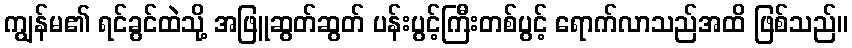
ကျွန်မ၏ ရင်ခွင်ထဲသို့ အဖြူဆွတ်ဆွတ် ပန်းပွင့်ကြီးတစ်ပွင့် ရောက်လာသည်အထိ ဖြစ်သည်။